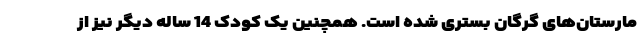
مارستان‌های گرگان بستری شده است. همچنین یک کودک 14 ساله دیگر نیز از